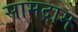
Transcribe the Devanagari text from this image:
सामदाम